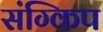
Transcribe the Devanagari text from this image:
संग्किप